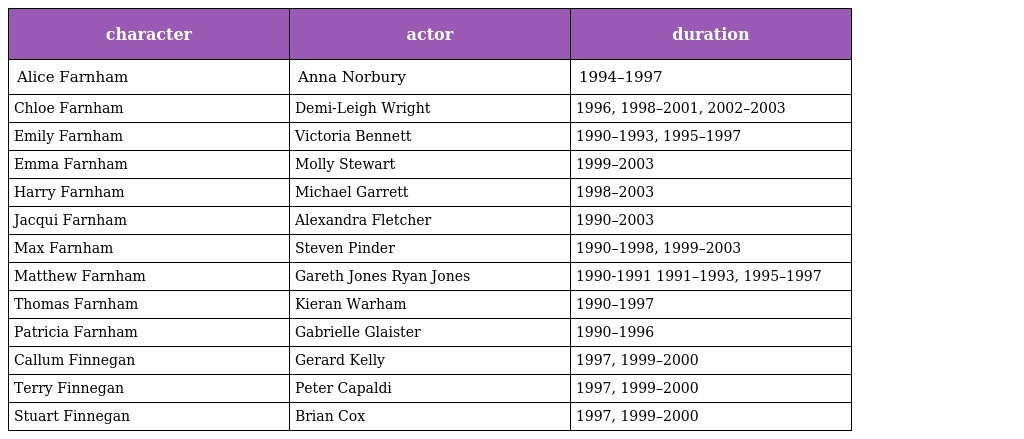
| character | actor | duration |
 | --- | --- | --- |
 | Alice Farnham | Anna Norbury | 1994–1997 |
 | Chloe Farnham | Demi-Leigh Wright | 1996, 1998–2001, 2002–2003 |
 | Emily Farnham | Victoria Bennett | 1990–1993, 1995–1997 |
 | Emma Farnham | Molly Stewart | 1999–2003 |
 | Harry Farnham | Michael Garrett | 1998–2003 |
 | Jacqui Farnham | Alexandra Fletcher | 1990–2003 |
 | Max Farnham | Steven Pinder | 1990–1998, 1999–2003 |
 | Matthew Farnham | Gareth Jones Ryan Jones | 1990-1991 1991–1993, 1995–1997 |
 | Thomas Farnham | Kieran Warham | 1990–1997 |
 | Patricia Farnham | Gabrielle Glaister | 1990–1996 |
 | Callum Finnegan | Gerard Kelly | 1997, 1999–2000 |
 | Terry Finnegan | Peter Capaldi | 1997, 1999–2000 |
 | Stuart Finnegan | Brian Cox | 1997, 1999–2000 |